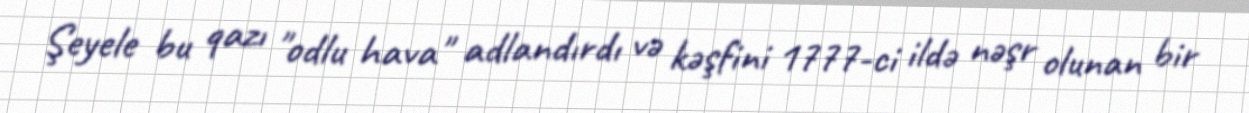
Şeyele bu qazı "odlu hava" adlandırdı və kəşfini 1777-ci ildə nəşr olunan bir